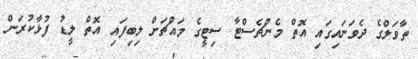
ތާވަލްގެ ދެވަނައިގައި އޮތް މެންޗެސްޓާ ސިޓީގެ މައްޗަށް ލިބިފައި އޮތް ލީޑު ފުޅާކުރަން